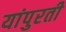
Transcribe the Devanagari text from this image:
यांपुरती